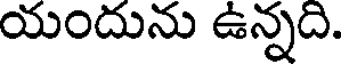
యందును ఉన్నది.